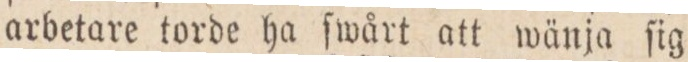
arbetare torde ha ſwårt att wänja ſig